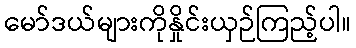
မော်ဒယ်များကိုနှိုင်းယှဉ်ကြည့်ပါ။